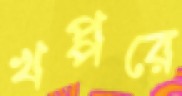
খপ্পরে